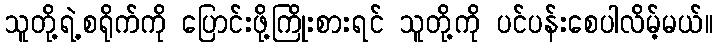
သူတို့ရဲ့စရိုက်ကို ပြောင်းဖို့ကြိုးစားရင် သူတို့ကို ပင်ပန်းစေပါလိမ့်မယ်။